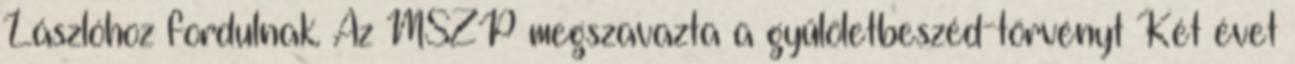
Lászlóhoz fordulnak. Az MSZP megszavazta a gyűlöletbeszéd-törvényt Két évet